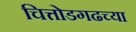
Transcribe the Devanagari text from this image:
चित्तोडगढच्या